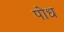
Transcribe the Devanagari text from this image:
पोध